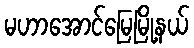
မဟာအောင်မြေမြို့နယ်